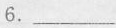
6.___